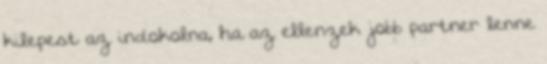
kilepest az indokolna, ha az ellenzek jobb partner lenne